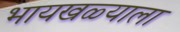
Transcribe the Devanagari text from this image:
भायखळ्याला